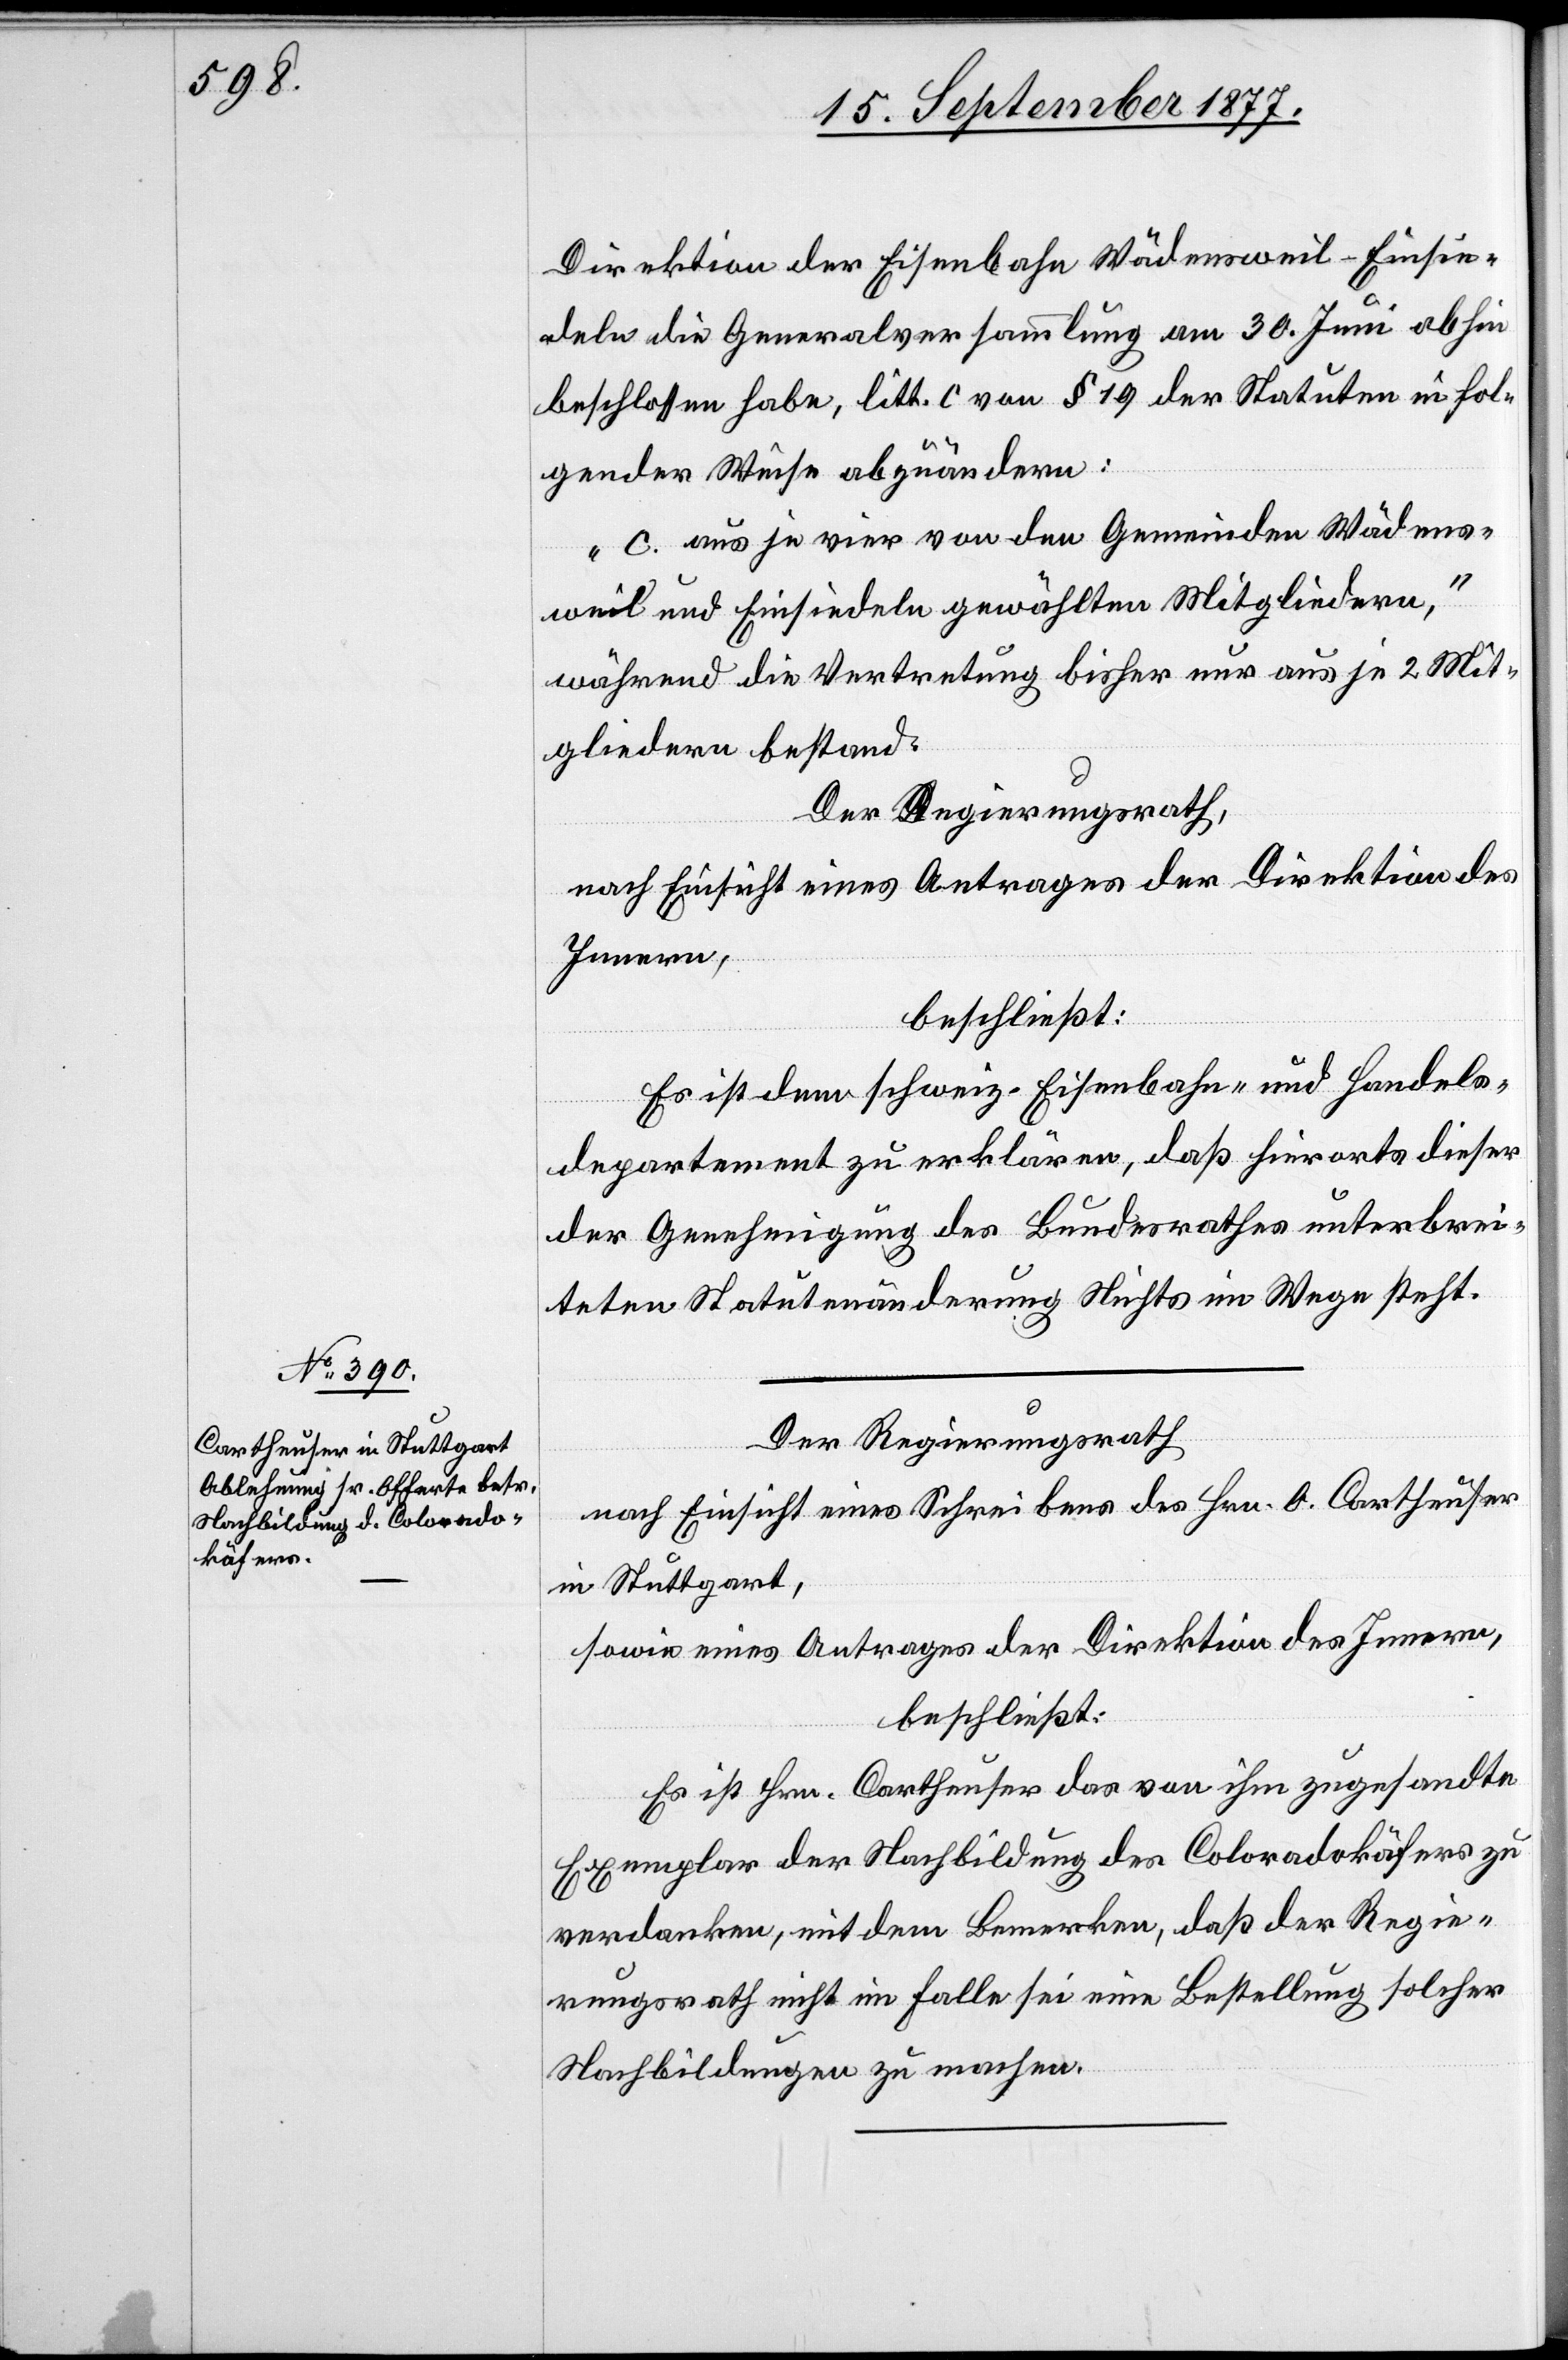
Direktion der Eisenbahn Wädensweil–Einsie¬
deln die Generalversammlung am 30. Juni abhin
beschlossen habe, litt. c von § 19 der Statuten in fol¬
gender Weise abzuändern:
„c. aus je vier von den Gemeinden Wädens¬
weil und Einsiedeln gewählten Mitgliedern,“
während die Vertretung bisher nur aus je 2 Mit¬
gliedern bestand.
Der Regierungsrath,
nach Einsicht eines Antrages der Direktion des
Innern,
beschließt:
Es ist dem schweiz. Eisenbahn- und Handels¬
departement zu erklären, daß hierorts dieser
der Genehmigung des Bundesrathes unterbrei¬
teten Statutenänderung Nichts im Wege steht.
Der Regierungsrath
nach Einsicht eines Schreibens des Hrn. O. Cartheuser
in Stuttgart,
sowie eines Antrages der Direktion des Innern,
beschließt:
Es ist Hrn. Cartheuser das von ihm zugesandte
Exemplar der Nachbildung des Coloradokäfers zu
verdanken, mit dem Bemerken, daß der Regie¬
rungsrath nicht im Falle sei eine Bestellung solcher
Nachbildungen zu machen.